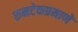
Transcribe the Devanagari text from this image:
रुमटेकप्रमाणे